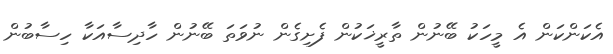
އެކަންކަން އެ މީހަކު ބޭނުން ތާރީޚަކުން ފެށިގެން ނުވަތަ ބޭނުން ހާދިސާއަކާ ހިސާބުން